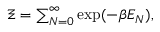
\begin{array} { r } { \Xi = \sum _ { N = 0 } ^ { \infty } \exp ( - \beta E _ { N } ) , } \end{array}